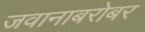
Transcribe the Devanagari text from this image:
जवानाबरोबर